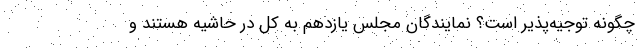
چگونه توجیه‌پذیر است؟ نمایندگان مجلس یازدهم به کل در حاشیه هستند و